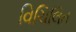
વિચિલિત